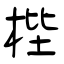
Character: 梐